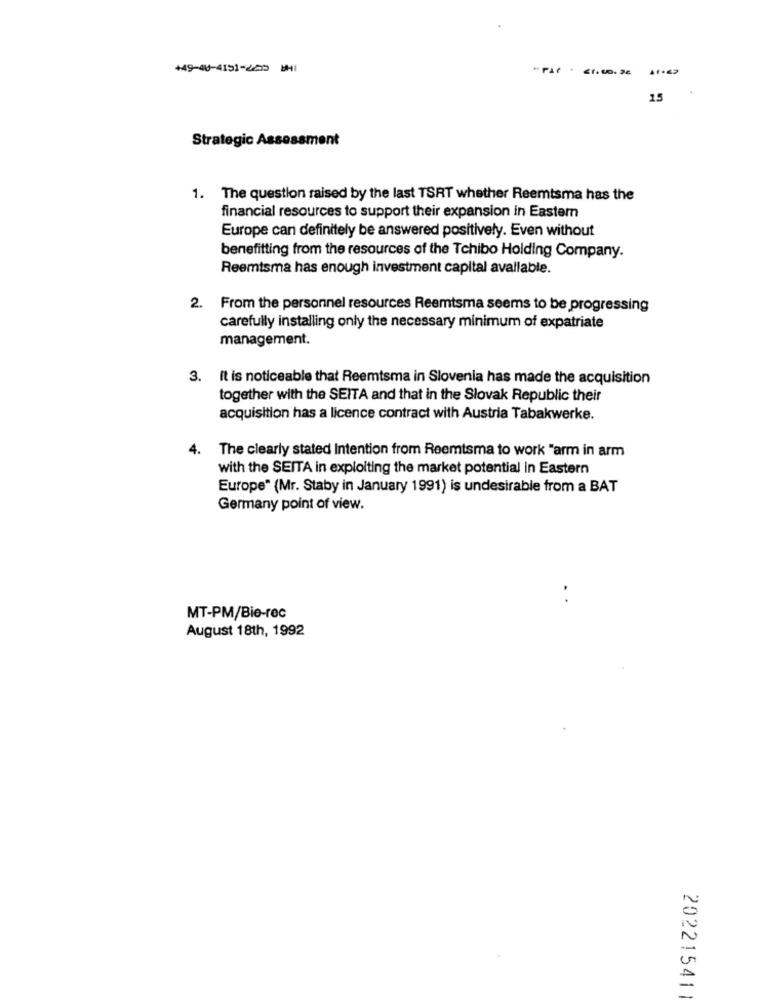
+49-40-4151-265 WHI
25
Strategic Assessment
1. The question raised by the last TSRT whether Reemtsma has the
financial resources to support their expansion in Eastem
Europe can definitely be answered positively. Even without
benefitting from the resources of the Tchibo Holding Company.
Reemtsma has enough investment capital available.
2. From the personnel resources Reemtsma seems to be progressing
carefully installing only the necessary minimum of expatriate
management.
3. It is noticeable that Reemtsma in Slovenia has made the acquisition
together with the SEITA and that in the Slovak Republic their
acquisition has a licence contract with Austria Tabakwerke.
4. The clearly stated Intention from Reemtsma to work "arm in arm
with the SEITA in exploiting the market potential in Eastern
Europe" (Mr. Staby in January 1991) is undesirable from a BAT
Germany point of view.
. .
MT-PM/Bie-rec
August 18th, 1992
20221541